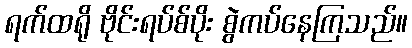
ရက်ထရို ဗိုင်းရပ်စ်ပိုး စွဲကပ်နေကြသည်။